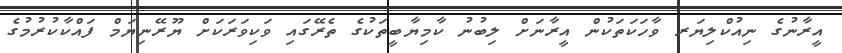
އީރާނުގެ ނިއުކްލިޔަރ ވާހަކަތަކުން އީރާނަށް ލިބުނު ކާމިޔާބީތަކުގެ ތެރޭގައި ވަކިވަރަކަށް ޔޫރޭނިޔަމް ފައްކާކުރުމުގެ